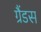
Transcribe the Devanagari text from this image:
ग्रैंडस